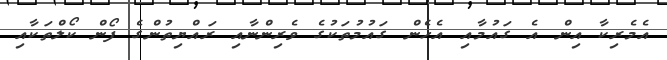
އެމެރިކާ އިން އެ ގައުމާއި އެހެން ގައުމުތަކުގެ ވެރިންނާއި ރައްޔިތުންގެ ފޯން ކޯލްތަކާއި